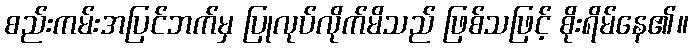
စည်းကမ်းအပြင်ဘက်မှ ပြုလုပ်လိုက်မိသည် ဖြစ်သဖြင့် စိုးရိမ်နေ၏။